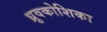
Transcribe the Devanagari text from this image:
ध्रुवकोशिका